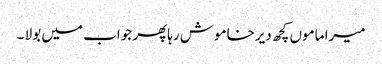
میرا ماموں کچھ دیرخاموش رہاپھر جواب میں بولا ۔